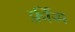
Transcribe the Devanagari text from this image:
फ्रींस